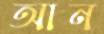
আন